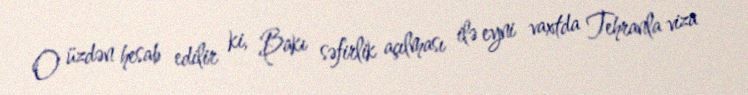
O üzdən hesab edilir ki, Bakı səfirlik açılması ilə eyni vaxtda Tehranla viza